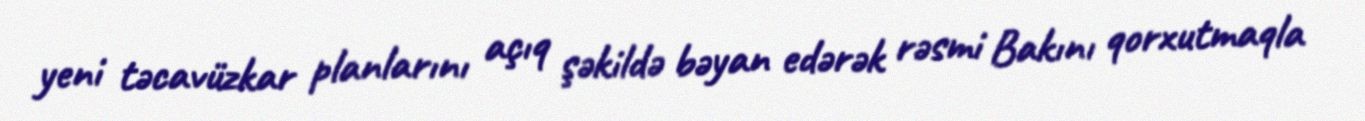
yeni təcavüzkar planlarını açıq şəkildə bəyan edərək rəsmi Bakını qorxutmaqla